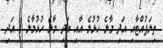
ތިލަފުއްޓާއި އަދި މާލެ ހުޅުލެ އާއި އަދި މާލެ ހުޅުމާލެ 1 އަދި